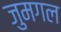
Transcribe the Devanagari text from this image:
जुमगल